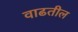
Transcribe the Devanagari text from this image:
वाढतील